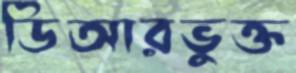
ডিআরভুক্ত